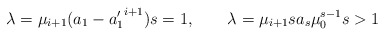
\begin{align*}\lambda = \mu_{i +1} (a_1-{a'_1}^{i+1}) s=1,\quad\quad\lambda = \mu_{i +1} s a_s \mu_0^{s-1} s>1\end{align*}